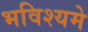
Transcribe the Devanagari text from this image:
भविश्यमे